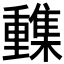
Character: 𨤹